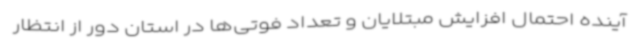
آینده احتمال افزایش مبتلایان و تعداد فوتی‌ها در استان دور از انتظار